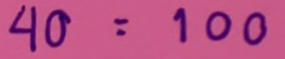
40 = 100